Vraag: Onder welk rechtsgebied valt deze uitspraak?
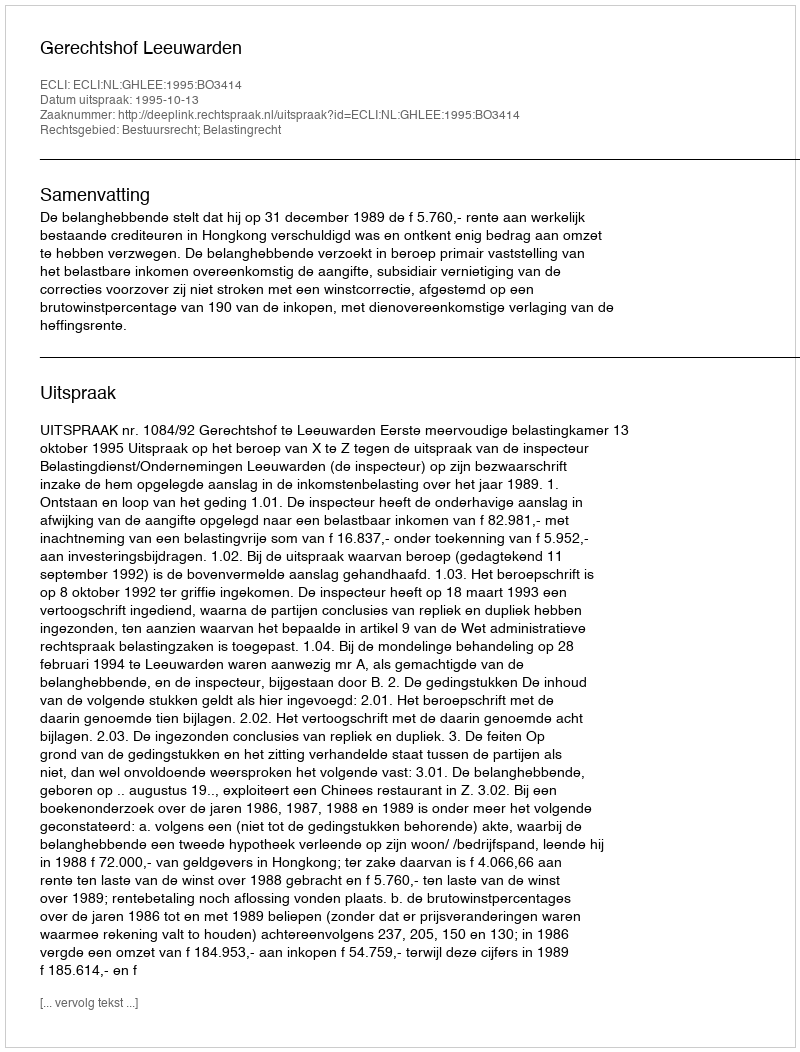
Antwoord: Bestuursrecht; Belastingrecht